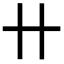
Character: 卄